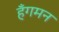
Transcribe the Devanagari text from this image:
हँगमन